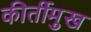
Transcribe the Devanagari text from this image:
कीर्तीमुख